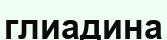
глиадина